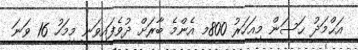
އަޙްމަދު ޙަސަން މިއަހަރު 800މ އެންމެ ބާރަށް ދުވެފައިވަނީ މިމަހު 16 ވަނަ